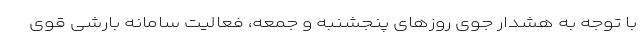
با توجه به هشدار جوی روزهای پنجشنبه و جمعه، فعالیت سامانه بارشی قوی